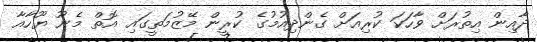
ދާއިން އިތުރަށް ވާހަކަ ކުރިއަށް ގެންދިއުމުގެ ކުރީން މޭޒުމަތީގައި އޮތް މެނޫ ޔޫހާއާ